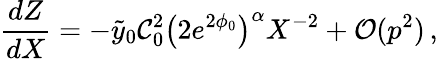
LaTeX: \frac{dZ}{dX}=-\tilde{y}_{0}\mathcal{C}_{0}^{2}\left(2e^{2\phi_{0}}\right)^{\alpha}X^{-2}+\mathcal{O}(p^{2})\, ,